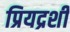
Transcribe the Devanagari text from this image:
प्रियद्रशी